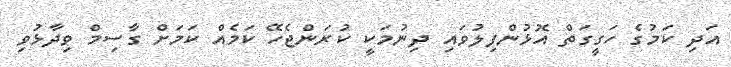
އަދި ކަމުގެ ހަގީގަތް އޮޅުންފިލުވައި ދިނުމަކީ ކުރަންޖެހޭ ކަމެއް ކަމަށް ގާސިމް ވިދާޅުވި